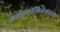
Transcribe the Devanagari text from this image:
आर्यावलोकितेश्वराय